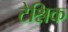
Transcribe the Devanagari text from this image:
टेश्निक